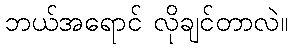
ဘယ်အရောင် လိုချင်တာလဲ။